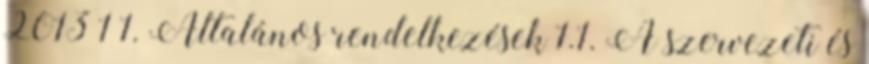
2013 1 1. Általános rendelkezések 1.1. A szervezeti és